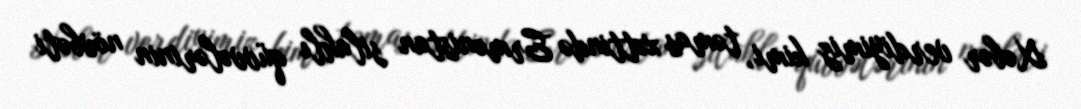
Xəbər verdiyimiz kimi, təmas xəttində Ermənistan silahlı qüvvələrinin növbəti